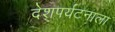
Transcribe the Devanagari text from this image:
देशपर्यटनाला